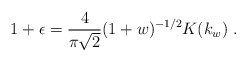
\begin{align*}1+\epsilon=\frac{4}{\pi\sqrt{2}}(1+w)^{-1/2}K(k_w)\;.\end{align*}